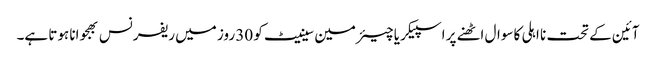
آئین کے تحت نا اہلی کا سوال اٹھنے پر اسپیکر یا چیئرمین سینیٹ کو 30 روز میں ریفرنس بھجوانا ہوتا ہے۔